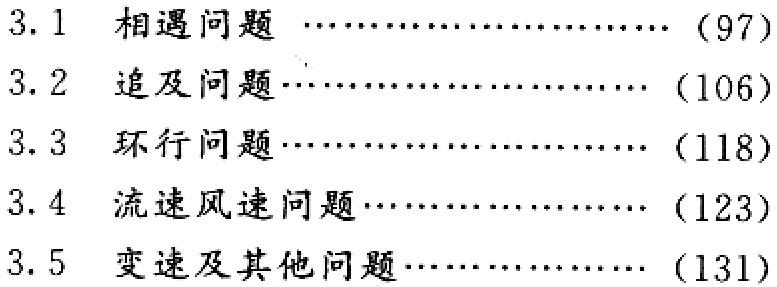
3.1 相遇问题 ……………………（97）

3.2 追及问题………………………（106）

3.3 环行问题………………………（118）

3.4 流速风速问题……………………（123）

3.5 变速及其他问题…………………（131）